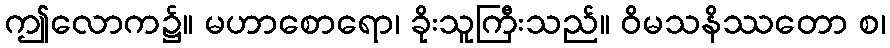
ဤလောက၌။ မဟာစောရော၊ ခိုးသူကြီးသည်။ ဝိမသနိဿတော စ၊